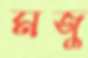
মজু